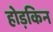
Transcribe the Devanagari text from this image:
होड़किन